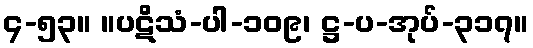
၄-၅၃။ ။ပဋိသံ-ပါ-၁၀၉၊ ဋ္ဌ-ပ-အုပ်-၃၁၇။